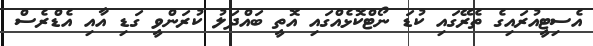
އެސިޓީއުރައިގެ ތެރޭގައި ކުޑަ ނޯޓްކޮޅެއްގައި އޮތީ ބައްދަލު ކުރަންވީ ގަޑި އާއި އެޑްރެސް